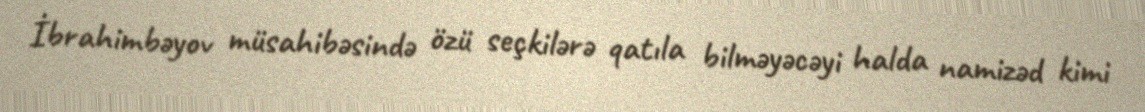
İbrahimbəyov müsahibəsində özü seçkilərə qatıla bilməyəcəyi halda namizəd kimi